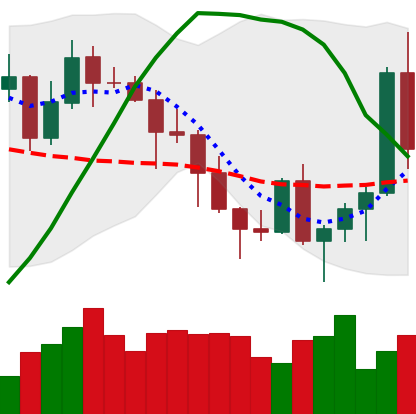
Ticker: ADA-USD
Chart end date: 2020-11-07
Forward return: 3.103%
Label: up_3_5